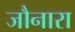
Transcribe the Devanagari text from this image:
जौनारा